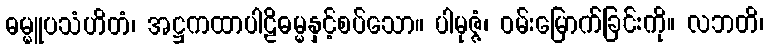
ဓမ္မူပသံဟိတံ၊ အဋ္ဌကထာပါဠိဓမ္မနှင့်စပ်သော။ ပါမုဇ္ဇံ၊ ဝမ်းမြောက်ခြင်းကို။ လဘတိ၊